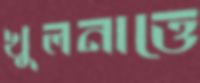
খুলনাত্তে